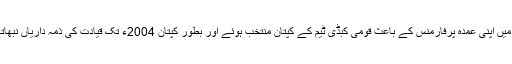
1987ء میں اپنی عمدہ پرفارمنس کے باعث قومی کبڈی ٹیم کے کپتان منتخب ہوئے اور بطور کپتان 2004ء تک قیادت کی ذمہ داریاں نبھاتے رہے ۔